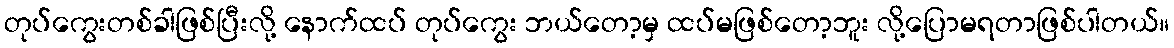
တုပ်ကွေးတစ်ခါဖြစ်ပြီးလို့ နောက်ထပ် တုပ်ကွေး ဘယ်တော့မှ ထပ်မဖြစ်တော့ဘူး လို့ပြောမရတာဖြစ်ပါတယ်။